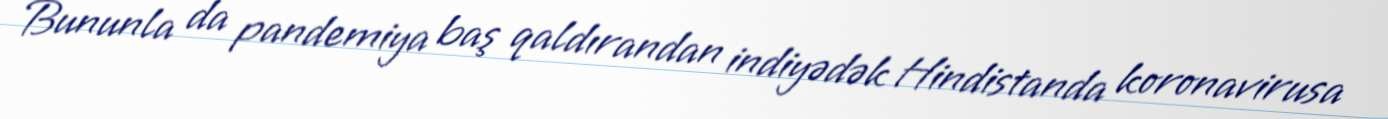
Bununla da pandemiya baş qaldırandan indiyədək Hindistanda koronavirusa